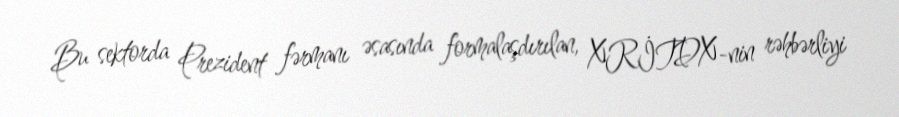
Bu sektorda Prezident fərmanı əsasında formalaşdırılan, XRİTDX-nin rəhbərliyi